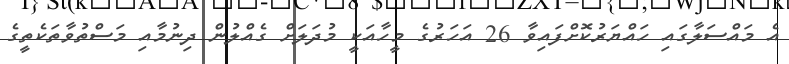
އެ މައްސަލާގައި ހައްޔަރުކޮށްފައިވާ 26 އަހަރުގެ މީހާއަކީ މުދަލަށް ގެއްލުން ދިނުމާއި މަސްތުވާތަކެތީގެ